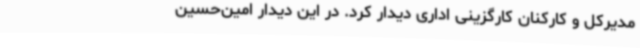
مدیرکل و کارکنان کارگزینی اداری دیدار کرد. در این دیدار امین‌حسین